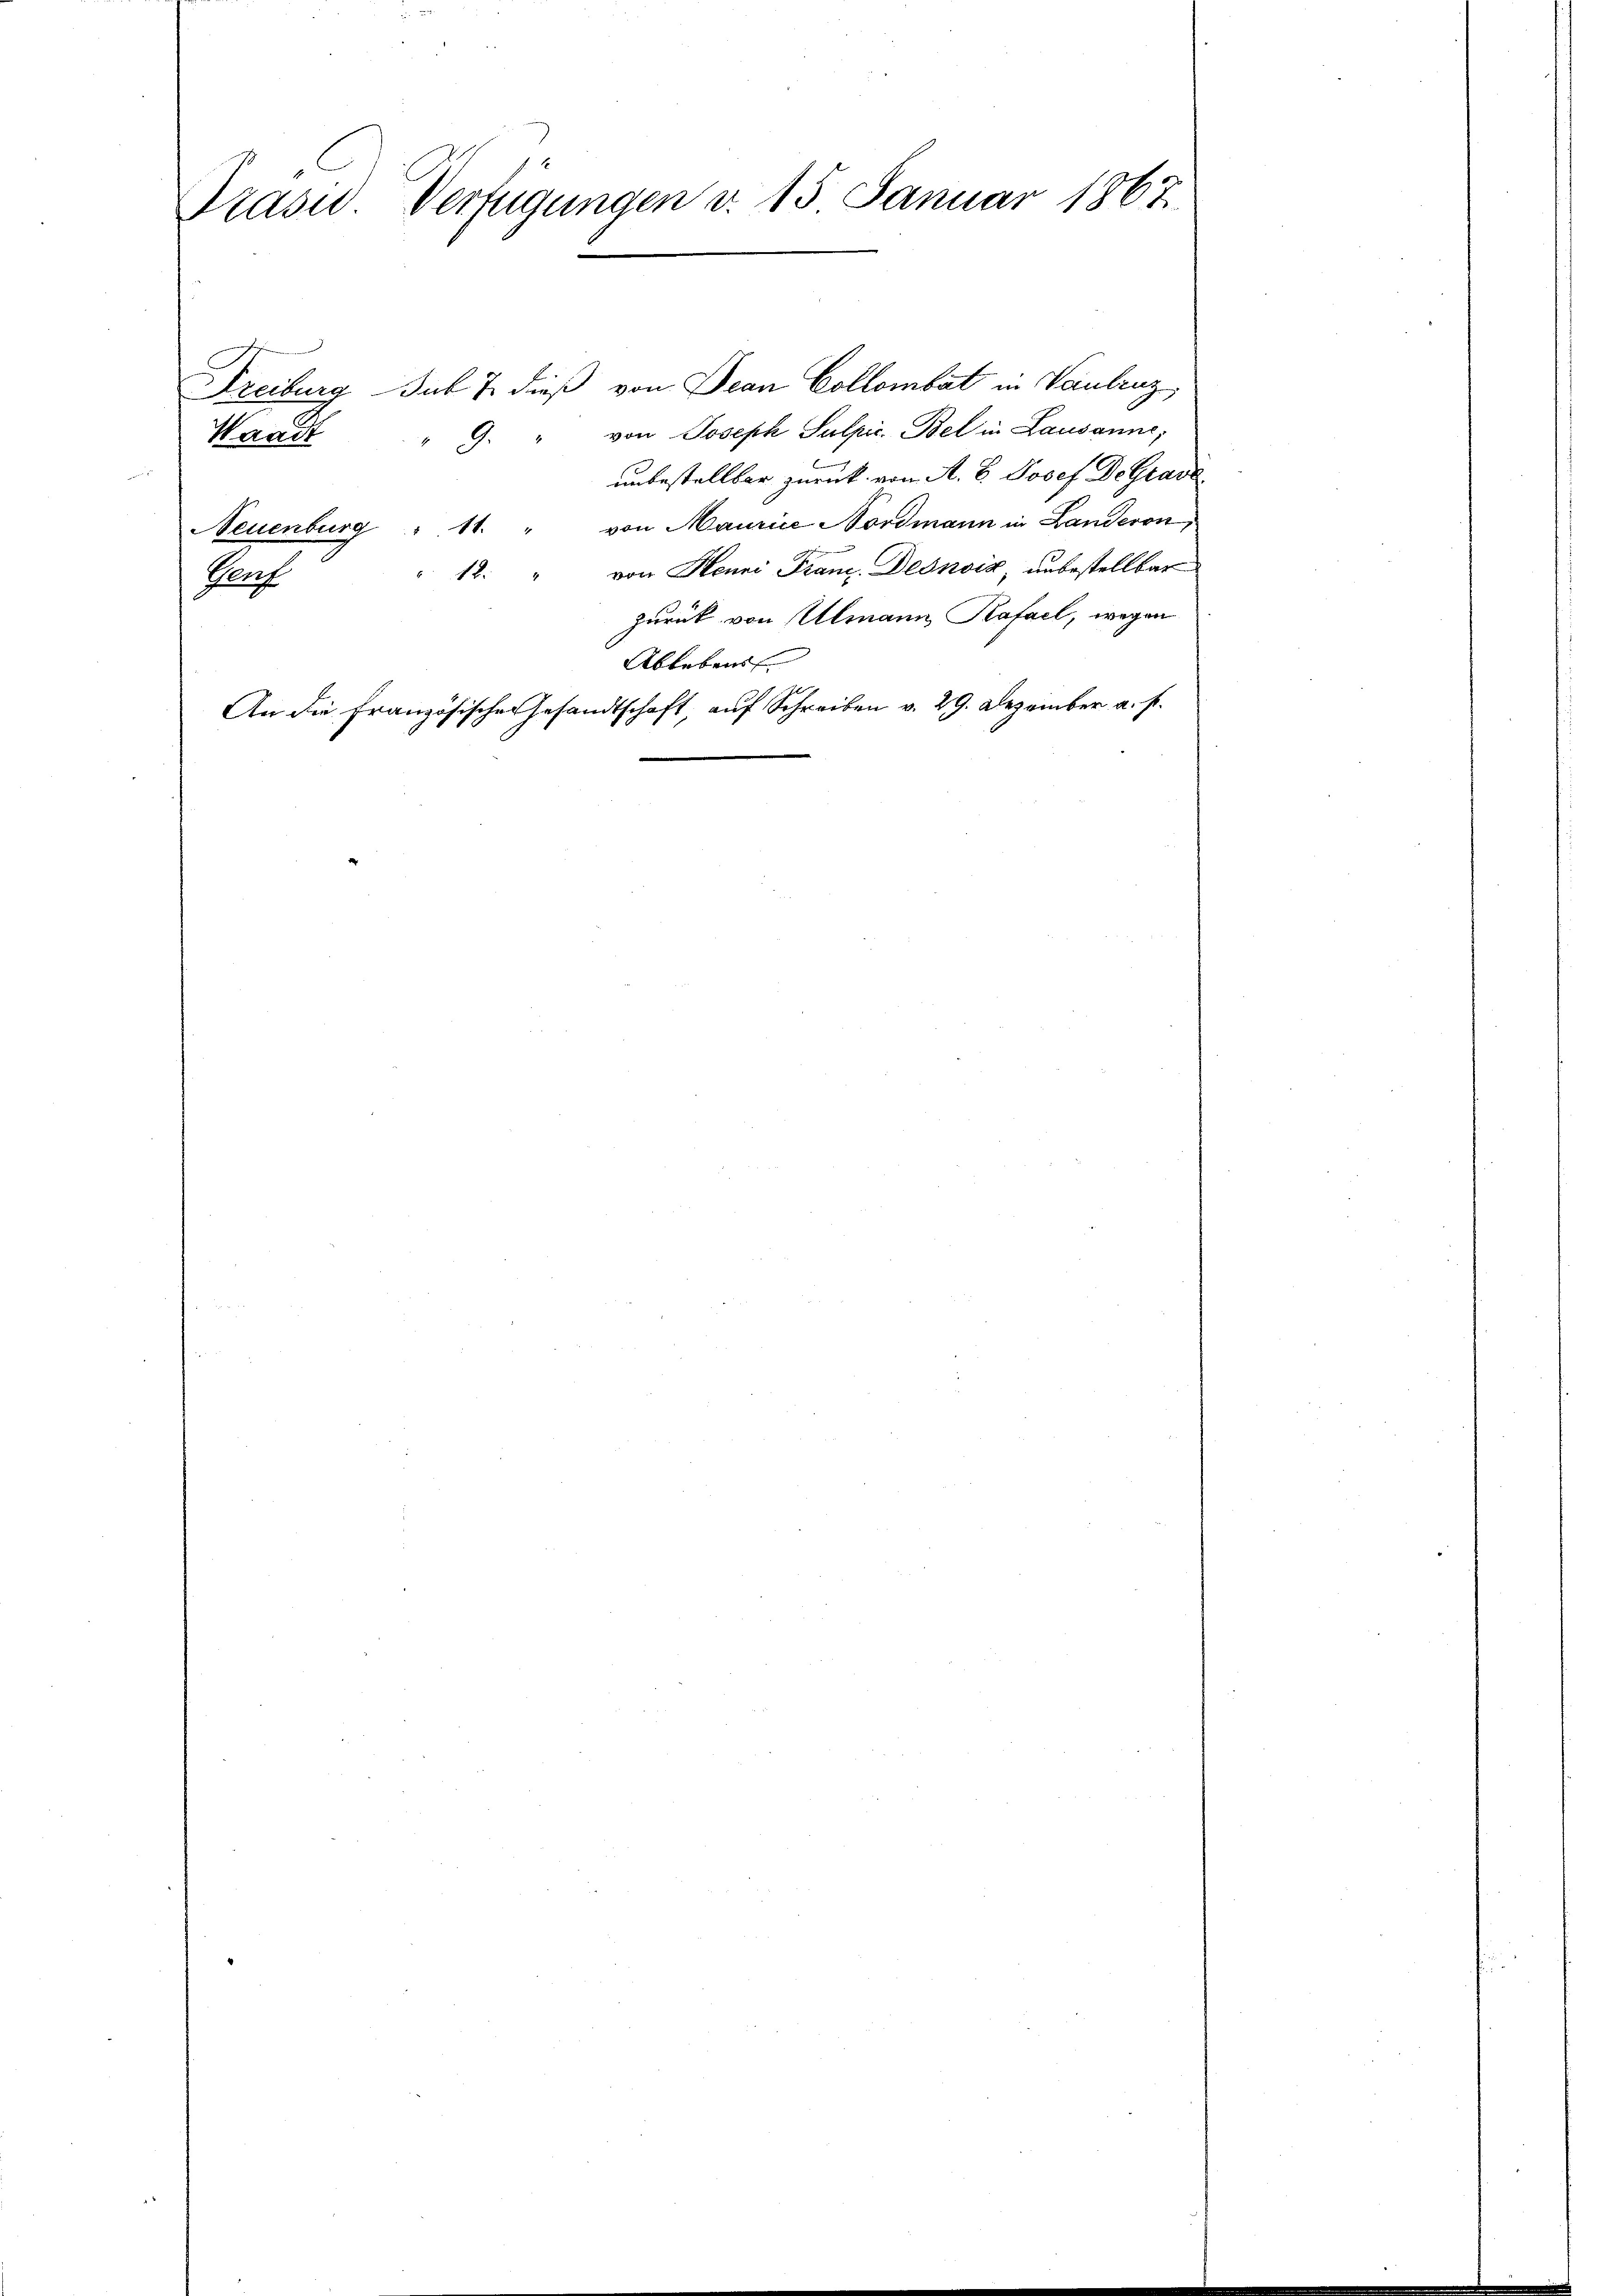
Präsid. Verfügungen d. 15 Januar 1867.

Freiburg sub 7. dieß von Jean Collombat in Vaulruz
von Joseph Sulpic. Bel in Lausanne;
Waadt
9.
unbestellbar zurück von A. B. Josef De Grave
Neuenburg " 11. " von Maurice Nordmann in Landeron
12. " von Henri Franz. Desnviz, unbestellbar
Porf
zurück von Ulmann Kafael, wegen
Ableben
An die Französischen Gesandtschaft, auf Schreiben v. 29. Dezember a. f.